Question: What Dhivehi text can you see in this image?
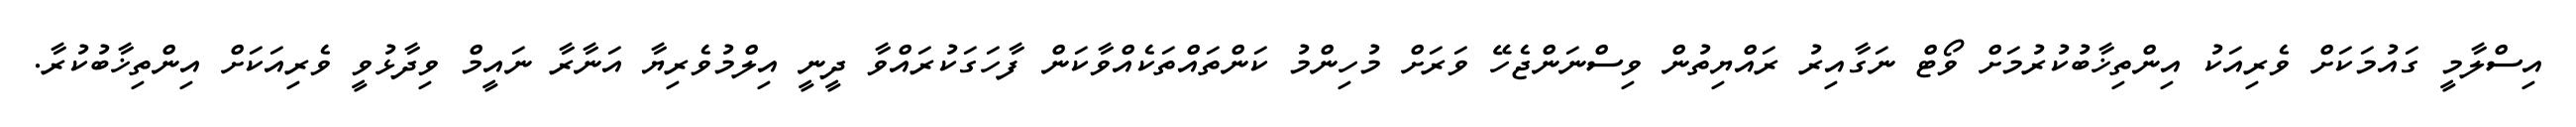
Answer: އިސްލާމީ ގައުމަކަށް ވެރިއަކު އިންތިޚާބުކުރުމަށް ވޯޓް ނަގާއިރު ރައްޔިތުން ވިސްނަންޖެހޭ ވަރަށް މުހިންމު ކަންތައްތަކެއްވާކަން ފާހަގަކުރައްވާ ދީނީ އިލްމުވެރިޔާ އަނާރާ ނައީމް ވިދާޅުވީ ވެރިއަކަށް އިންތިޚާބުކުރާ.